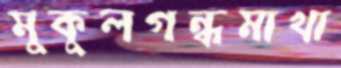
মুকুলগন্ধমাখা